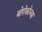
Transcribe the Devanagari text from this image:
बोरोकोच्या